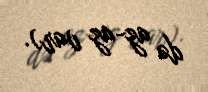
də az-az var).